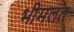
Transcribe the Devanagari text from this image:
भीमलत